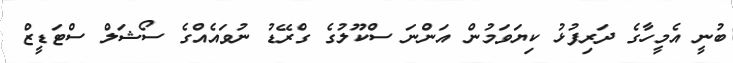
ބުނީ އެމީހާގެ ދަރިފުޅު ކިޔަވަމުން އަންނަ ސްކޫލުގެ ގްރޭޑު ނުވައެއްގެ ސޯޝަލް ސްޓަޑީޒް